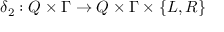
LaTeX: \delta _ { 2 } : Q \times \Gamma \to Q \times \Gamma \times \{ L , R \}